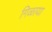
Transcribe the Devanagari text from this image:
गिळाया